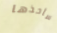
سأخذها